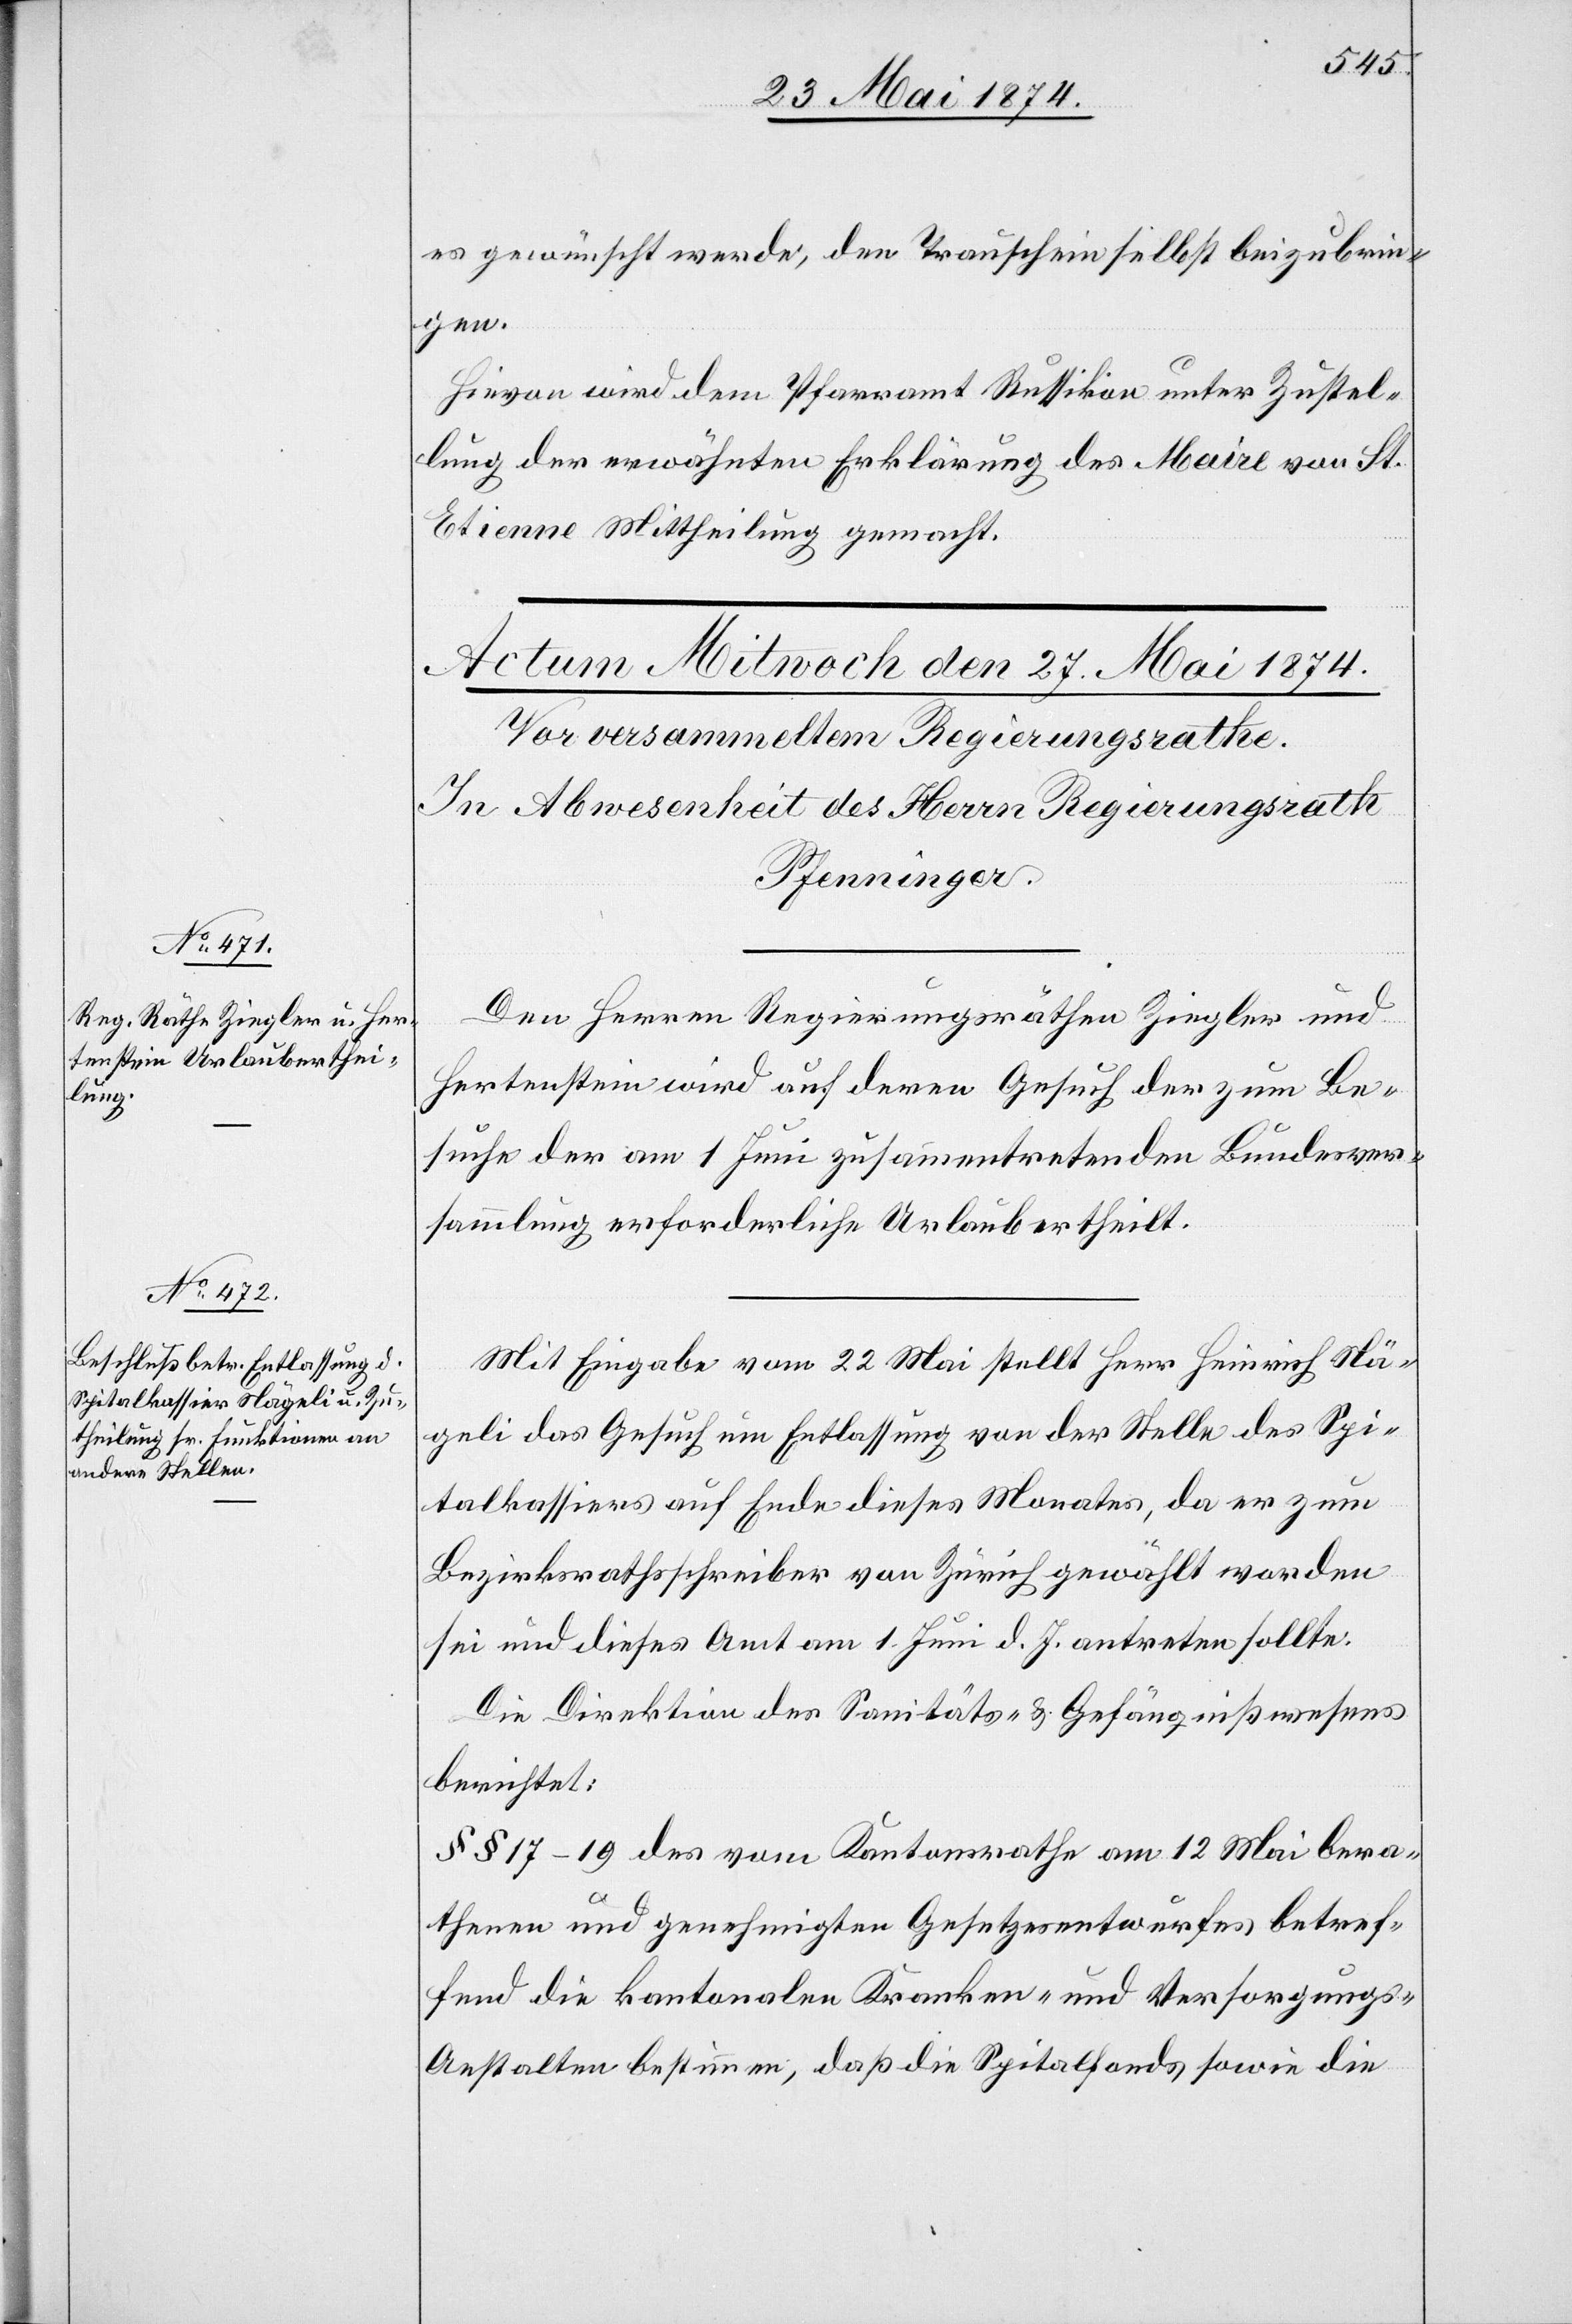
es gewünscht werde, den Trauschein selbst beizubrin¬
gen.
Hievon wird dem Pfarramt Russikon unter Zustel¬
lung der erwähnten Erklärung des Maire von St.
Etienne Mittheilung gemacht.
Den Herren Regierungsräthen Ziegler und
Hertenstein wird auf deren Gesuch der zum Be¬
suche der am 1. Juni zusammentretenden Bundesver¬
sammlung erforderliche Urlaub ertheilt.
Mit Eingabe vom 22. Mai stellt Herr Heinrich Nä¬
geli das Gesuch um Entlassung von der Stelle des Spi¬
talkassiers auf Ende dieses Monates, da er zum
Bezirksrathsschreiber von Zürich gewählt worden
sei und dieses Amt am 1. Juni d. Js. antreten sollte.
Die Direktion des Sanitäts- u. Gefängnißwesens
berichtet:
§§ 17–19 des vom Kantonsrathe am 12. Mai bera¬
thenen und genehmigten Gesetzesentwurfes betref¬
fend die kantonalen Kranken- und Versorgungs-A¬
nstalten bestimmen, daß die Spitalfonds sowie die